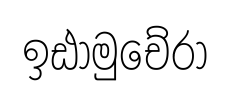
ඉඪාමුචේරා